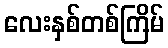
လေးနှစ်တစ်ကြိမ်